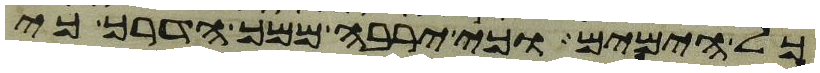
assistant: כל הימים וכי ירבה ממך הדרך כי